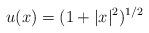
LaTeX: \begin{align*}u(x) = (1+|x|^2)^{1/2}\end{align*}